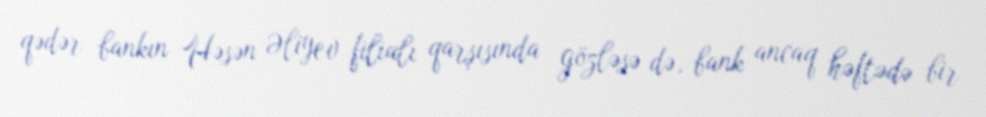
qədər bankın Həsən Əliyev filialı qarşısında gözləsə də, bank ancaq həftədə bir